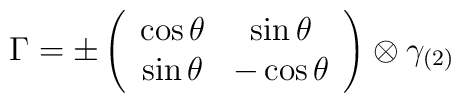
\Gamma = \pm \left( \begin{array}{cc} \cos \theta & \sin \theta \\	\sin \theta & -\cos \theta \end{array} \right) \otimes \gamma_{(2)}